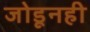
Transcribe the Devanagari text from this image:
जोडूनही